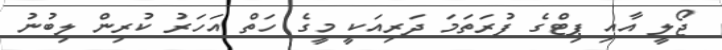
ޖޯލީ އާއި ޕިޓްގެ ފުރަތަމަ ދަރިއަކީ މީގެ ހަތް އަހަރު ކުރިން ލިބުނު